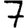
Digit: 7